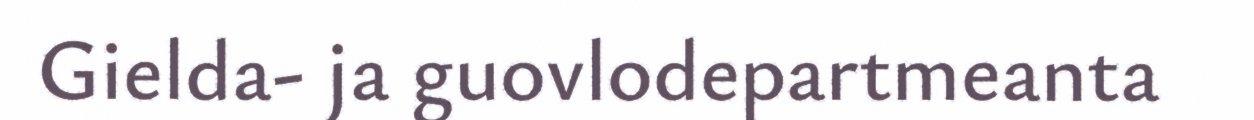
Gielda- ja guovlodepartmeanta